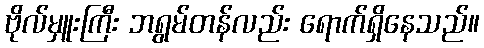
ဗိုလ်မှူးကြီး ဘရွမ်တန်လည်း ရောက်ရှိနေသည်။